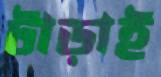
টাড়াই